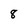
Character: 8